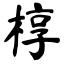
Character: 椁